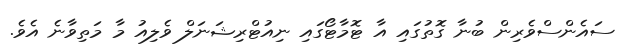
ސައެންސްވެރިން ބުނާ ގޮތުގައި އާ ޓޮމާޓޯގައި ނިއުޓްރިޝަނަލް ވެލިއު މާ މަތިވާނެ އެވެ.